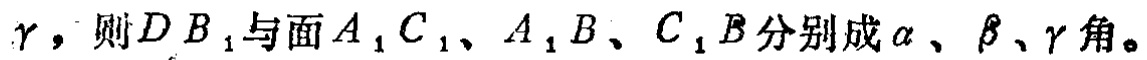
$\gamma，则DB_{1}与面A_{1}C_{1}、A_{1}B、C_{1}B分别成\alpha、\beta、\gamma角。$